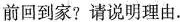
前回到家？请说明理由.